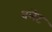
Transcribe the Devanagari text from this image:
वलेट